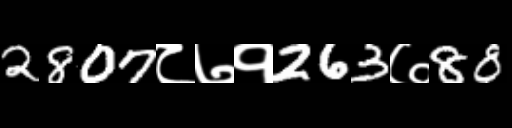
Text: 2807८७१263७88